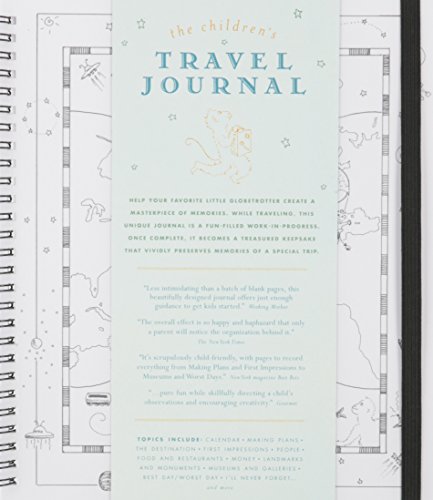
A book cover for The Children's Travel Journal; Ann Banks; Children's Books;